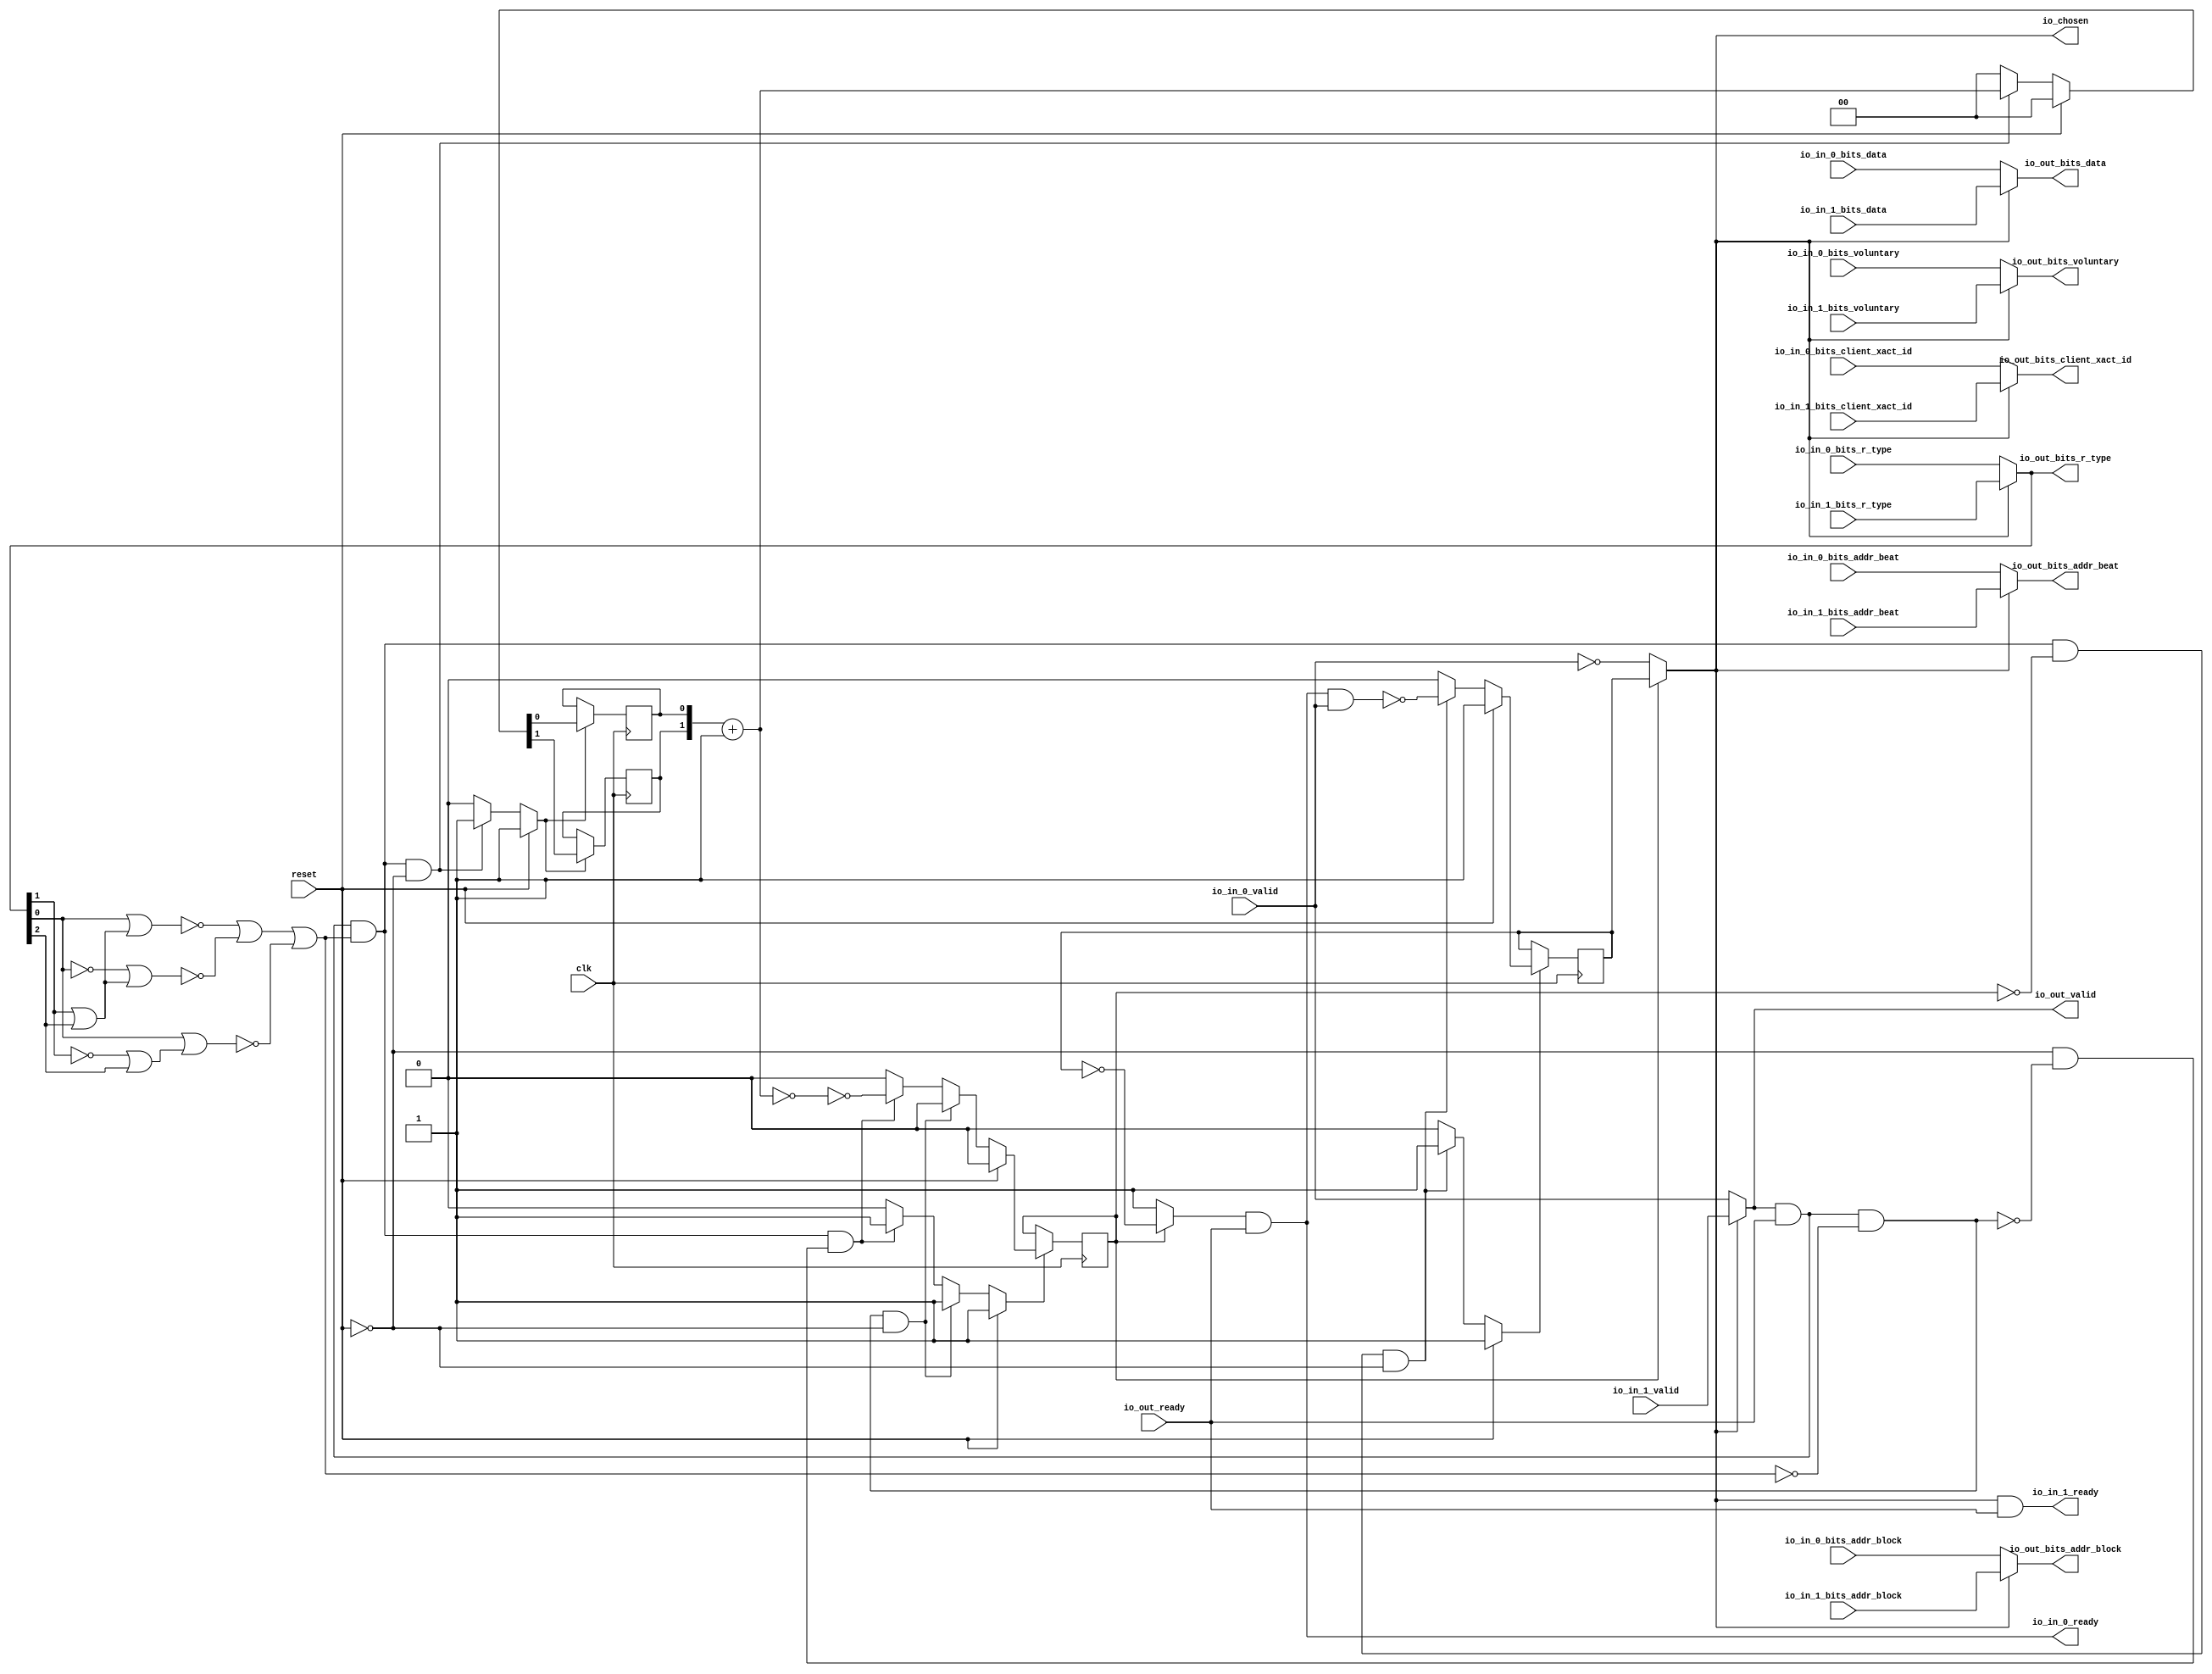
module LockingArbiter_0
(
  clk,
  reset,
  io_in_1_ready,
  io_in_1_valid,
  io_in_1_bits_addr_beat,
  io_in_1_bits_addr_block,
  io_in_1_bits_client_xact_id,
  io_in_1_bits_voluntary,
  io_in_1_bits_r_type,
  io_in_1_bits_data,
  io_in_0_ready,
  io_in_0_valid,
  io_in_0_bits_addr_beat,
  io_in_0_bits_addr_block,
  io_in_0_bits_client_xact_id,
  io_in_0_bits_voluntary,
  io_in_0_bits_r_type,
  io_in_0_bits_data,
  io_out_ready,
  io_out_valid,
  io_out_bits_addr_beat,
  io_out_bits_addr_block,
  io_out_bits_client_xact_id,
  io_out_bits_voluntary,
  io_out_bits_r_type,
  io_out_bits_data,
  io_chosen
);

  input [1:0] io_in_1_bits_addr_beat;
  input [25:0] io_in_1_bits_addr_block;
  input [5:0] io_in_1_bits_client_xact_id;
  input [2:0] io_in_1_bits_r_type;
  input [127:0] io_in_1_bits_data;
  input [1:0] io_in_0_bits_addr_beat;
  input [25:0] io_in_0_bits_addr_block;
  input [5:0] io_in_0_bits_client_xact_id;
  input [2:0] io_in_0_bits_r_type;
  input [127:0] io_in_0_bits_data;
  output [1:0] io_out_bits_addr_beat;
  output [25:0] io_out_bits_addr_block;
  output [5:0] io_out_bits_client_xact_id;
  output [2:0] io_out_bits_r_type;
  output [127:0] io_out_bits_data;
  input clk;
  input reset;
  input io_in_1_valid;
  input io_in_1_bits_voluntary;
  input io_in_0_valid;
  input io_in_0_bits_voluntary;
  input io_out_ready;
  output io_in_1_ready;
  output io_in_0_ready;
  output io_out_valid;
  output io_out_bits_voluntary;
  output io_chosen;
  wire [1:0] io_out_bits_addr_beat,T17;
  wire [25:0] io_out_bits_addr_block;
  wire [5:0] io_out_bits_client_xact_id;
  wire [2:0] io_out_bits_r_type;
  wire [127:0] io_out_bits_data;
  wire io_in_1_ready,io_in_0_ready,io_out_valid,io_out_bits_voluntary,io_chosen,N0,N1,
  N2,N3,N4,N5,T4,T3,T6,T5,T12,T7,T9,T20,T15,T16,T21,N6,T31,T34,T35,N7,N8,N9,N10,
  N11,N12,N13,N14,N15,N16,N17,N18,N19,N20,N21,N22,N23,N24,N25,N26,N27,N28,N29,N30,
  N31,N32,N33,N34,N35,N36,N37,N38,N39,N40,N41;
  reg lockIdx,locked;
  reg [1:0] R18;
  assign T16 = T17 == 1'b0;

  always @(posedge clk) begin
    if(N9) begin
      lockIdx <= N10;
    end 
  end


  always @(posedge clk) begin
    if(N14) begin
      locked <= N15;
    end 
  end


  always @(posedge clk) begin
    if(N18) begin
      R18[1] <= N20;
    end 
  end


  always @(posedge clk) begin
    if(N18) begin
      R18[0] <= N19;
    end 
  end

  assign N28 = ~T3;
  assign N29 = ~lockIdx;
  assign N30 = ~io_out_bits_r_type[1];
  assign N31 = N30 | io_out_bits_r_type[2];
  assign N32 = io_out_bits_r_type[0] | N31;
  assign N33 = ~N32;
  assign N34 = io_out_bits_r_type[1] | io_out_bits_r_type[2];
  assign N35 = io_out_bits_r_type[0] | N34;
  assign N36 = ~N35;
  assign N37 = ~io_out_bits_r_type[0];
  assign N38 = io_out_bits_r_type[1] | io_out_bits_r_type[2];
  assign N39 = N37 | N38;
  assign N40 = ~N39;
  assign N41 = ~io_in_0_valid;
  assign T17 = R18 + 1'b1;
  assign io_chosen = (N0)? lockIdx : 
                     (N1)? N41 : 1'b0;
  assign N0 = locked;
  assign N1 = N5;
  assign io_out_bits_data = (N2)? io_in_1_bits_data : 
                            (N3)? io_in_0_bits_data : 1'b0;
  assign N2 = io_chosen;
  assign N3 = N6;
  assign io_out_bits_r_type = (N2)? io_in_1_bits_r_type : 
                              (N3)? io_in_0_bits_r_type : 1'b0;
  assign io_out_bits_voluntary = (N2)? io_in_1_bits_voluntary : 
                                 (N3)? io_in_0_bits_voluntary : 1'b0;
  assign io_out_bits_client_xact_id = (N2)? io_in_1_bits_client_xact_id : 
                                      (N3)? io_in_0_bits_client_xact_id : 1'b0;
  assign io_out_bits_addr_block = (N2)? io_in_1_bits_addr_block : 
                                  (N3)? io_in_0_bits_addr_block : 1'b0;
  assign io_out_bits_addr_beat = (N2)? io_in_1_bits_addr_beat : 
                                 (N3)? io_in_0_bits_addr_beat : 1'b0;
  assign io_out_valid = (N2)? io_in_1_valid : 
                        (N3)? io_in_0_valid : 1'b0;
  assign T31 = (N0)? N29 : 
               (N1)? 1'b1 : 1'b0;
  assign T34 = (N0)? lockIdx : 
               (N1)? T35 : 1'b0;
  assign N9 = (N4)? 1'b1 : 
              (N22)? 1'b1 : 
              (N8)? 1'b0 : 1'b0;
  assign N4 = reset;
  assign N10 = (N4)? 1'b1 : 
               (N22)? N28 : 1'b0;
  assign N14 = (N4)? 1'b1 : 
               (N23)? 1'b1 : 
               (N26)? 1'b1 : 
               (N13)? 1'b0 : 1'b0;
  assign N15 = (N4)? 1'b0 : 
               (N23)? 1'b0 : 
               (N26)? T15 : 1'b0;
  assign N18 = (N4)? 1'b1 : 
               (N27)? 1'b1 : 
               (N17)? 1'b0 : 1'b0;
  assign { N20, N19 } = (N4)? { 1'b0, 1'b0 } : 
                        (N27)? T17 : 1'b0;
  assign N5 = ~locked;
  assign T3 = io_in_0_ready & io_in_0_valid;
  assign T4 = T6 & T5;
  assign T5 = ~locked;
  assign T6 = T12 & T7;
  assign T7 = T9 | N33;
  assign T9 = N36 | N40;
  assign T12 = io_out_valid & io_out_ready;
  assign T15 = ~T16;
  assign T20 = T12 & T21;
  assign T21 = ~T7;
  assign N6 = ~io_chosen;
  assign io_in_0_ready = T31 & io_out_ready;
  assign io_in_1_ready = T34 & io_out_ready;
  assign T35 = ~io_in_0_valid;
  assign N7 = T4 | reset;
  assign N8 = ~N7;
  assign N11 = T20 | reset;
  assign N12 = T6 | N11;
  assign N13 = ~N12;
  assign N16 = T6 | reset;
  assign N17 = ~N16;
  assign N21 = ~reset;
  assign N22 = T4 & N21;
  assign N23 = T20 & N21;
  assign N24 = ~T20;
  assign N25 = N21 & N24;
  assign N26 = T6 & N25;
  assign N27 = T6 & N21;

endmodule